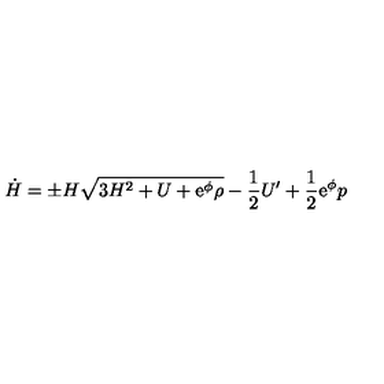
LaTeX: \dot { H } = \pm H \sqrt { 3 H ^ { 2 } + U + \mathrm { \large e ^ \phi } \rho } - \frac { 1 } { 2 } U ^ { \prime } + \frac { 1 } { 2 } \mathrm { \large e ^ \phi } p \setcounter { e q u a t i o n } { 4 }